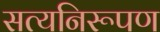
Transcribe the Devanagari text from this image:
सत्यनिरूपण